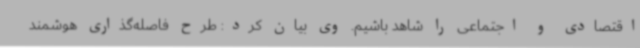
اقتصادی و اجتماعی را شاهد باشیم. وی بیان کرد: طرح فاصله‌گذاری هوشمند